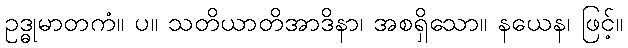
ဥဒ္ဓုမာတကံ။ ပ။ သတိယာတိအာဒိနာ၊ အစရှိသော။ နယေန၊ ဖြင့်။